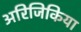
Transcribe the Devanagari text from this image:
अरिजिकिया